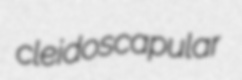
cleidoscapular